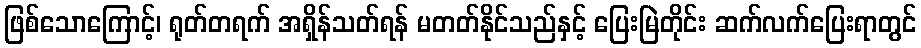
ဖြစ်သောကြောင့်၊ ရုတ်တရက် အရှိန်သတ်ရန် မတတ်နိုင်သည်နှင့် ပြေးမြဲတိုင်း ဆက်လက်ပြေးရာတွင်